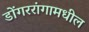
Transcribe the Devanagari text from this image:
डोंगररांगामधील